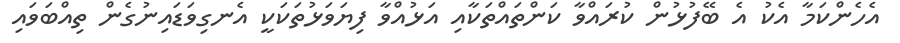
އެހެންކަމާ އެކު އެ ބޭފުޅުން ކުރައްވާ ކަންތައްތަކާއި އަޅުއްވާ ފިޔަވަޅުތަކަކީ އެނގިވަޑައިނުގެން ތިއްބަވައި